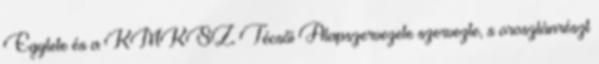
Egylete és a KMKSZ Técsői Alapszervezete szervezte, s oroszlánrészt